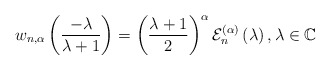
\begin{align*}w_{n,\alpha}\left( \frac{-\lambda}{\lambda+1}\right) =\left( \frac{\lambda+1}{2}\right) ^{\alpha}\mathcal{E}_{n}^{\left( \alpha\right)}\left( \lambda\right) ,\lambda\in\mathbb{C}\end{align*}